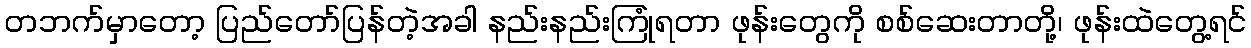
တဘက်မှာတော့ ပြည်တော်ပြန်တဲ့အခါ နည်းနည်းကြုံရတာ ဖုန်းတွေကို စစ်ဆေးတာတို့၊ ဖုန်းထဲတွေ့ရင်